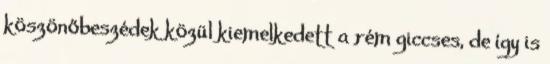
köszönőbeszédek közül kiemelkedett a rém giccses, de így is